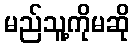
မည်သူ့ကိုမဆို